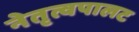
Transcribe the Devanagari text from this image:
नेतृत्वपालट